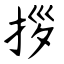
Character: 拶